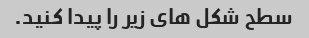
سطح شکل های زیر را پیدا کنید.